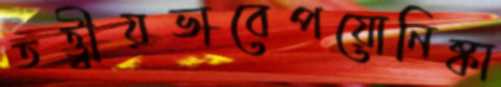
তত্ত্বীয়ভাবেপয়োনিষ্কা